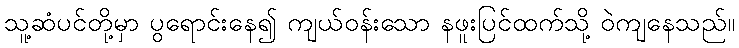
သူ့ဆံပင်တို့မှာ ပွရောင်းနေ၍ ကျယ်ဝန်းသော နဖူးပြင်ထက်သို့ ဝဲကျနေသည်။